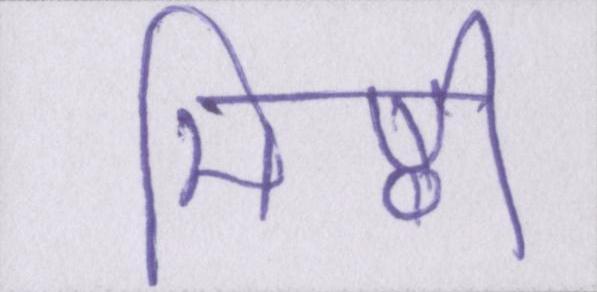
मिष्ठी